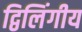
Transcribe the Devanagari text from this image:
द्विलिंगीय